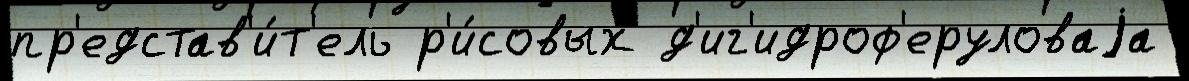
пр'едстав'и́т'ель р'и́совых д'иг'идроф'еруловаjа